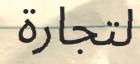
لتجارة